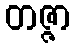
တဇ္ဇာ